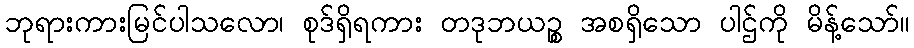
ဘုရားကားမြင်ပါသလော၊ စုဒ်ရှိရကား တဒုဘယဉ္စ အစရှိသော ပါဌ်ကို မိန့်သော်။